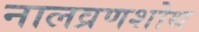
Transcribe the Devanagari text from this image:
नालव्रणशोथ